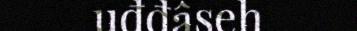
uđđâseh